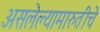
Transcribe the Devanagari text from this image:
असलेल्यामारुतीचे